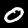
Digit: 0